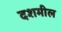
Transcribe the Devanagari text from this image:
दशमील